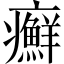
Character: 癬